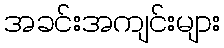
အခင်းအကျင်းများ